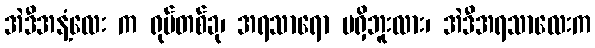
အဲဒီအနံ့လေး က ရုပ်တစ်ခု၊ အရသာရော မရှိဘူးလား၊ အဲဒီအရသာလေးက